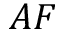
A F